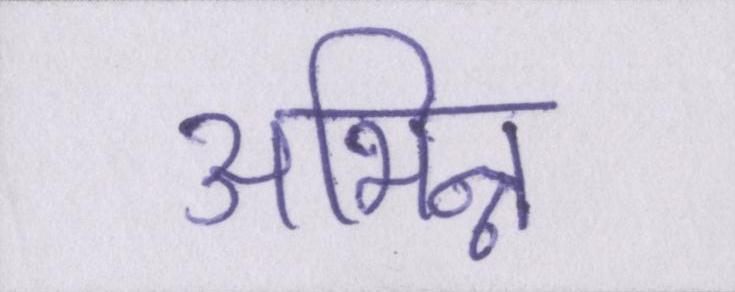
अभिन्न